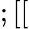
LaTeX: ;[[